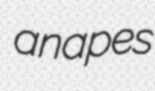
anapes